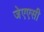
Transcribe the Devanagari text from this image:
जेएएसी